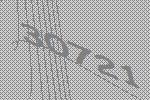
30721